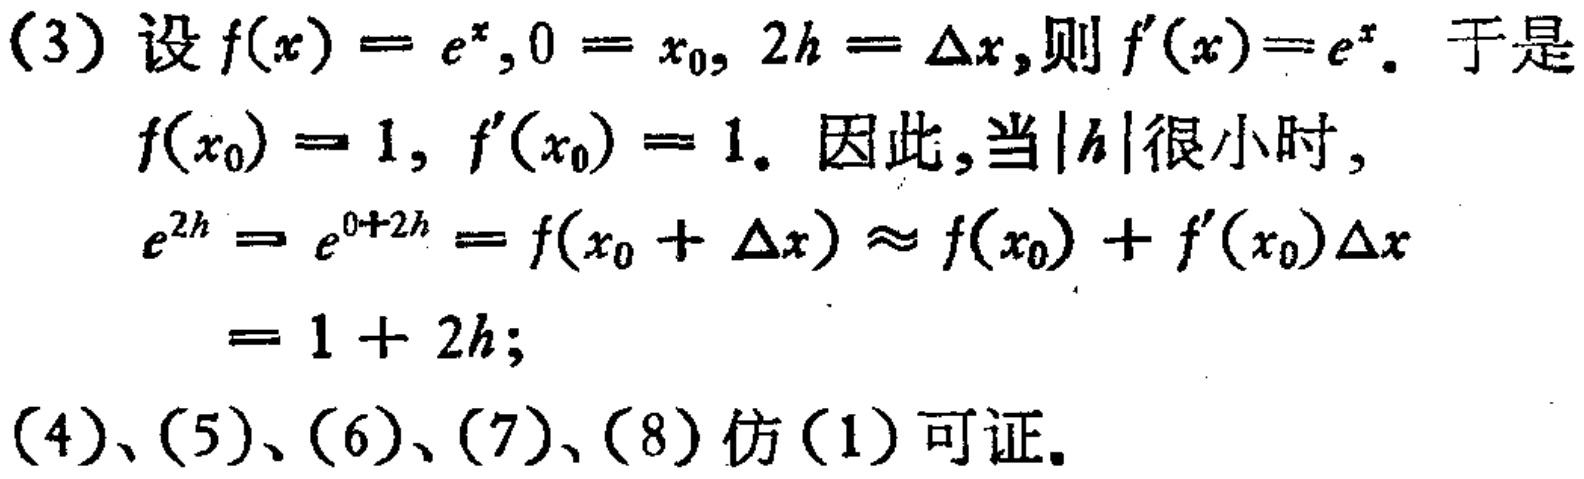
(3) 设 \(f(x)=e^{x},0 = x_{0},2h=\Delta x\),则 \(f^{\prime}(x)=e^{x}\). 于是
\(f(x_{0}) = 1,f^{\prime}(x_{0}) = 1\). 因此,当 \(|h|\)很小时,
\[
\begin{align*}
e^{2h}&=e^{0 + 2h}=f(x_{0}+\Delta x)\approx f(x_{0})+f^{\prime}(x_{0})\Delta x\\
&=1 + 2h;
\end{align*}
\]
(4)、(5)、(6)、(7)、(8) 仿 (1) 可证.